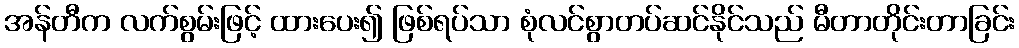
အန်တီက လက်စွမ်းဖြင့် ထားပေး၍ ဖြစ်ရပ်သာ စုံလင်စွာတပ်ဆင်နိုင်သည် မီတာတိုင်းတာခြင်း